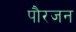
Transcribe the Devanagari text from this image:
पौरजन